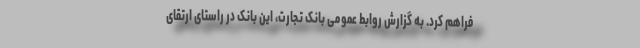
فراهم کرد. به گزارش روابط عمومی بانک تجارت، این بانک در راستای ارتقای